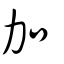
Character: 加